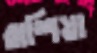
রাশিয়া